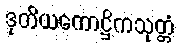
ဒုတိယကောဋ္ဌိကသုတ္တံ